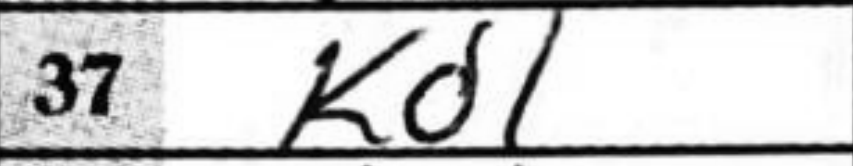
Transcription: Kd1